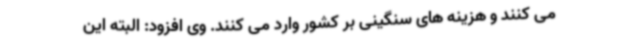
می کنند و هزینه های سنگینی بر کشور وارد می کنند. وی افزود: البته این